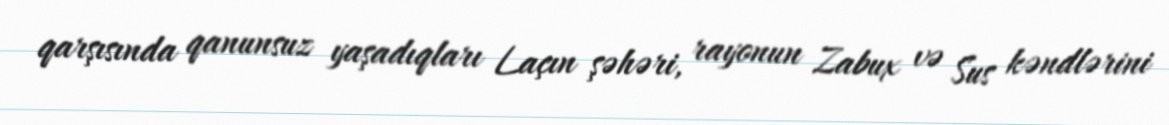
qarşısında qanunsuz yaşadıqları Laçın şəhəri, rayonun Zabux və Sus kəndlərini